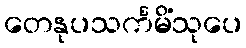
တေနုပသင်္ကမိံသုပေ